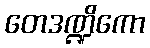
တေဒဏ္ဍိကော